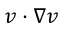
v \cdot \nabla v